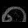
Digit: ၈